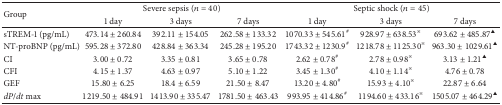
| <ROWSPAN=2> Group | <COLSPAN=3> Severe sepsis (n = 40) | <COLSPAN=3> Septic shock (n = 45) |
 | 1 day | 3 days | 7 days | 1 day | 3 days | 7 days |
 | --- | --- | --- | --- | --- | --- | --- |
 | sTREM-1 (pg/mL) | 473.14 ± 260.84 | 392.11 ± 154.05 | 262.58 ± 133.32 | 1070.33 ± 545.61# | 928.97 ± 638.53※ | 693.62 ± 485.87▲ |
 | NT-proBNP (pg/mL) | 595.28 ± 372.80 | 428.84 ± 363.34 | 245.28 ± 195.20 | 1743.32 ± 1230.9# | 1218.78 ± 1125.30※ | 963.30 ± 1029.61▲ |
 | CI | 3.00 ± 0.72 | 3.35 ± 0.81 | 3.65 ± 0.78 | 2.62 ± 0.78# | 2.78 ± 0.98※ | 3.13 ± 1.21▲ |
 | CFI | 4.15 ± 1.37 | 4.63 ± 0.97 | 5.10 ± 1.22 | 3.45 ± 1.30# | 4.10 ± 1.14※ | 4.76 ± 0.78 |
 | GEF | 15.80 ± 6.25 | 18.4 ± 6.59 | 21.50 ± 8.47 | 13.20 ± 4.80# | 15.93 ± 4.10※ | 22.87 ± 6.64 |
 | dP/dt max | 1219.50 ± 484.91 | 1413.90 ± 335.47 | 1781.50 ± 463.43 | 993.95 ± 414.86# | 1194.60 ± 433.16※ | 1505.07 ± 464.29▲ |